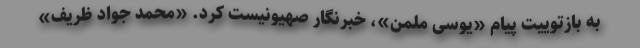
به بازتوییت پیام «یوسی ملمن»، خبرنگار صهیونیست کرد. «محمد جواد ظریف»